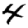
Digit: 4